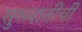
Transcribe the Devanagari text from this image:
सुरूवातीची